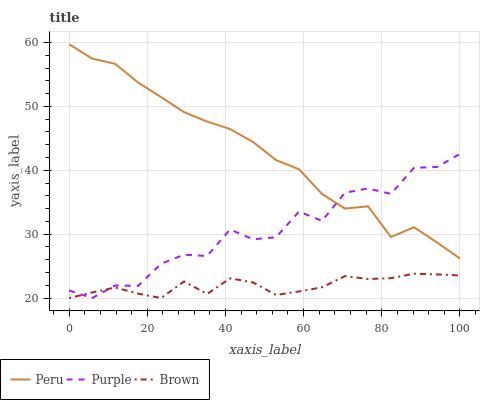
| xaxis_label | Peru | Purple | Brown |
 | --- | --- | --- | --- |
 | 0 | 59.7 | 21.2 | 20 |
 | 5.88 | 57.5 | 20 | 20.9 |
 | 11.8 | 56.7 | 22 | 21.7 |
 | 17.6 | 53.7 | 21.9 | 20.7 |
 | 23.5 | 51.5 | 25.4 | 20 |
 | 29.4 | 49.1 | 26.8 | 22.6 |
 | 35.3 | 47.6 | 26.6 | 20.6 |
 | 41.2 | 46.5 | 30.7 | 23.1 |
 | 47.1 | 44.4 | 29.2 | 22.4 |
 | 52.9 | 41.6 | 29.5 | 20.5 |
 | 58.8 | 40.2 | 33.6 | 21 |
 | 64.7 | 36.3 | 32.1 | 21.7 |
 | 70.6 | 34 | 36.5 | 23.4 |
 | 76.5 | 34.4 | 37.2 | 23 |
 | 82.4 | 29.6 | 36.3 | 23.1 |
 | 88.2 | 31.1 | 40.4 | 23.8 |
 | 94.1 | 28.7 | 40.5 | 23.7 |
 | 100 | 26.2 | 42.6 | 23.5 |